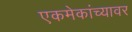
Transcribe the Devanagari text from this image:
एकमेकांच्यावर